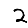
Digit: 2